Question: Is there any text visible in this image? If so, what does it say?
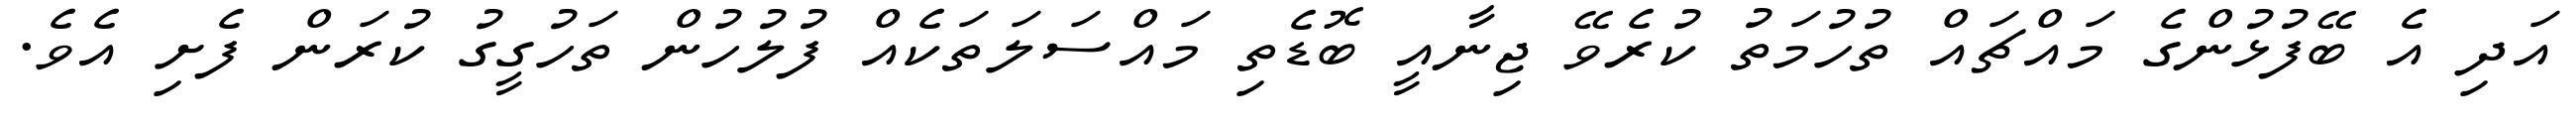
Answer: އަދި އެ ބޭފުޅުންގެ މައްޗައް ތުހުމަތު ކުރެވޭ ޖިނާއީ ބޮޑެތި މައްސަލަތަކެއް ފުލުހުން ތަހުގީގު ކުރަން ފެށި އެވެ.